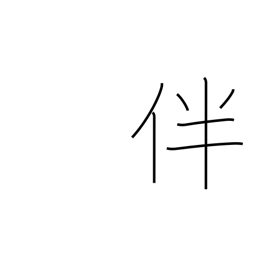
Meaning: bring with